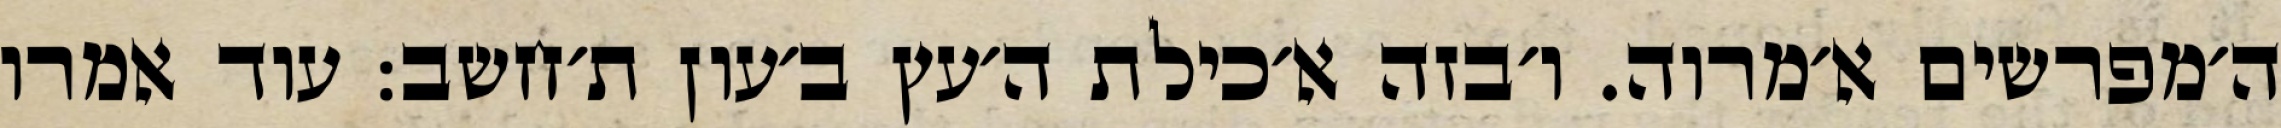
ה׳מפרשים א׳מרוה. ו׳בזה א׳כילת ה׳עץ ב׳עון ת׳חשב: עוד אמרו